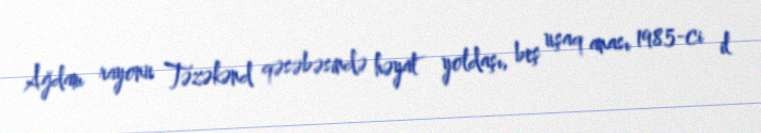
Ağdam rayonu Təzəkənd qəsəbəsində həyat yoldaşı, beş uşaq anası 1985-ci il